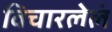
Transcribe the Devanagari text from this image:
विचारलेलं